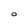
Character: O